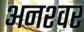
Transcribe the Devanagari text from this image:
अनश्‍वर